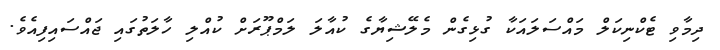
ދިމާވި ޓެކްނިކަލް މައްސަލައަކާ ގުޅިގެން މެލޭޝިޔާގެ ކުއާލަަ ލަމްޕޫރަށް ކުއްލި ހާލަތުގައި ޖައްސައިފިއެވެ.